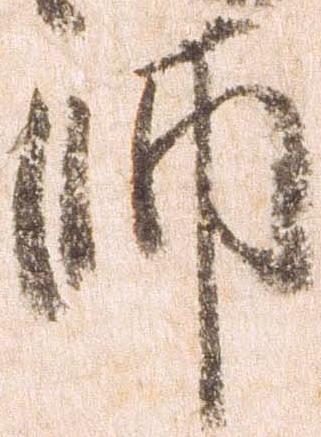
師